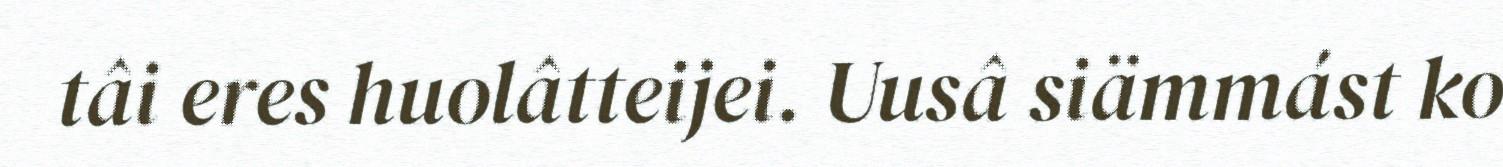
tâi eres huolâtteijei. Uusâ siämmást ko